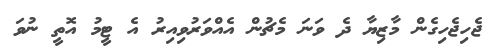
ޖެހިޖެހިގެން މާޒިޔާ ދެ ވަނަ މެޗުން އެއްވަރުވިއިރު އެ ޓީމު އޮތީ ނުވަ